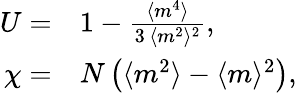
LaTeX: \begin{array}{rl}{U=}&{{}1-\frac{\langle m^{4}\rangle}{3\, \langle m^{2}\rangle^{2}},}\\ {\chi=}&{{}N\left(\langle m^{2}\rangle-\langle m\rangle^{2}\right),}\end{array}